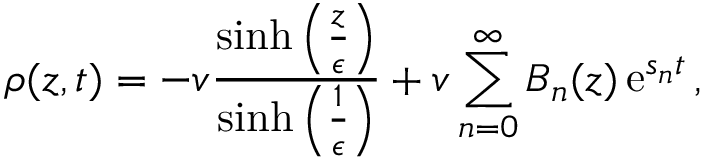
\rho ( z , t ) = - v \frac { \sinh \left( \frac { z } { \epsilon } \right) } { \sinh \left( \frac { 1 } { \epsilon } \right) } + v \sum _ { n = 0 } ^ { \infty } B _ { n } ( z ) \operatorname { e } ^ { s _ { n } t } \, ,